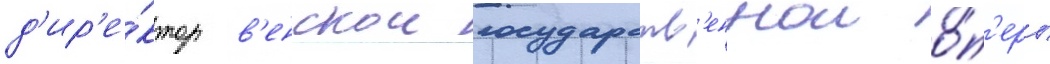
д'ир'е́ктор в'енскои государств'еннои о́п'еры